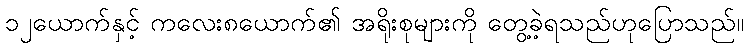
၁၂ယောက်နှင့် ကလေး၈ယောက်၏ အရိုးစုများကို တွေ့ခဲ့ရသည်ဟုပြောသည်။